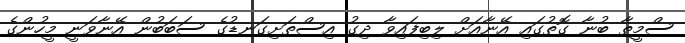
ސްމީތާ ބުނާ ގޮތުގައި އޭނާއަށް ލިބިފައިވާ ދިގު އިސްތަށިގަނޑުގެ ސަބަބުން އޭނާވަނީ މީހުންގެ